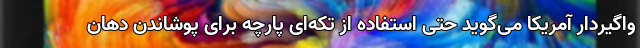
واگیردار آمریکا می‌گوید حتی استفاده از تکه‌ای پارچه برای پوشاندن دهان